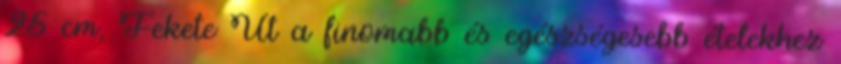
25 cm, Fekete Út a finomabb és egészségesebb ételekhez